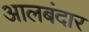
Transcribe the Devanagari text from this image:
आलबंदार